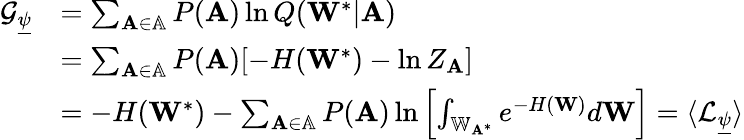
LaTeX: \begin{array}{rl}{\mathcal{G}_{\underline{{\psi}}}}&{=\sum_{\mathbf{A}\in\mathbb{A}}P(\mathbf{A})\ln Q(\mathbf{W}^{*}|\mathbf{A})}\\ &{=\sum_{\mathbf{A}\in\mathbb{A}}P(\mathbf{A})[-H(\mathbf{W}^{*})-\ln Z_{\mathbf{A}}]}\\ &{=-H(\mathbf{W}^{*})-\sum_{\mathbf{A}\in\mathbb{A}}P(\mathbf{A})\ln\left[\int_{\mathbb{W}_{\mathbf{A}^{*}}}e^{-H(\mathbf{W})}d\mathbf{W}\right]=\langle\mathcal{L}_{\underline{{\psi}}}\rangle}\end{array}